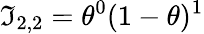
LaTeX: \mathfrak{I}_{2,2}=\theta^{0}(1-\theta)^{1}